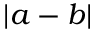
| a - b |